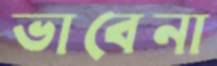
ভাবেনা